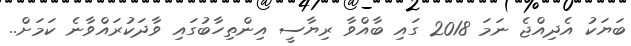
ބަޔަކު އެދިއްޖެ ނަމަ 2018 ގައި ބާއްވާ ރިޔާސީ އިންތިހާބުގައި ވާދަކުރައްވާނެ ކަމަށް..